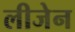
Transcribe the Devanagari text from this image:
लीजेन